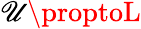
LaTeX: \mathscr{U}\proptoL